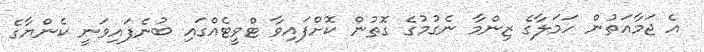
އެ ޖަމާއަތުން ހަމަލާގެ ޒިންމާ ނެގުމުގެ ގޮތުން ކޮށްފައިވާ ޓްވީޓެއްގައި ބުނެފައިވަނީ ކެންޔާގެ